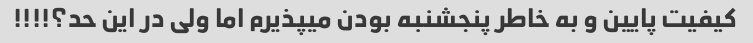
کیفیت پایین و به خاطر پنجشنبه بودن میپذیرم اما ولی در این حد؟!!!!